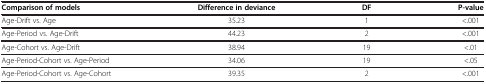
<table><thead><tr><td><b>Comparison of models</b></td><td><b>Difference in deviance</b></td><td><b>DF</b></td><td><b>P-value</b></td></tr></thead><tbody><tr><td>Age-Drift vs. Age</td><td>35.23</td><td>1</td><td>&lt;.001</td></tr><tr><td>Age-Period vs. Age-Drift</td><td>44.23</td><td>2</td><td>&lt;.001</td></tr><tr><td>Age-Cohort vs. Age-Drift</td><td>38.94</td><td>19</td><td>&lt;.01</td></tr><tr><td>Age-Period-Cohort vs. Age-Period</td><td>34.06</td><td>19</td><td>&lt;.05</td></tr><tr><td>Age-Period-Cohort vs. Age-Cohort</td><td>39.35</td><td>2</td><td>&lt;.001</td></tr></tbody></table>